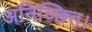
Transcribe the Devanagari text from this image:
अनिच्छित।